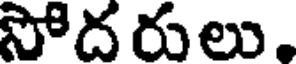
సోదరులు,